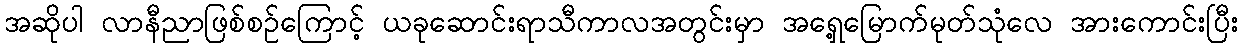
အဆိုပါ လာနီညာဖြစ်စဉ်ကြောင့် ယခုဆောင်းရာသီကာလအတွင်းမှာ အရှေ့မြောက်မုတ်သုံလေ အားကောင်းပြီး